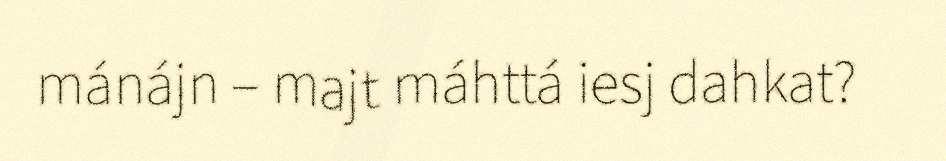
mánájn – majt máhttá iesj dahkat?